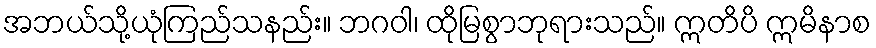
အဘယ်သို့ယုံကြည်သနည်း။ ဘဂဝါ၊ ထိုမြစွာဘုရားသည်။ ဣတိပိ ဣမိနာစ